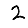
Digit: 2